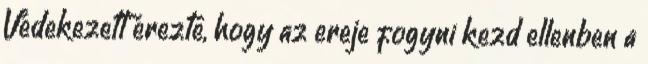
Védekezett érezte, hogy az ereje fogyni kezd ellenben a